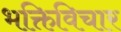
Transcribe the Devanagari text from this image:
भक्तिविचार